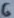
Text: 6